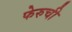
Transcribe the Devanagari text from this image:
फेरुची